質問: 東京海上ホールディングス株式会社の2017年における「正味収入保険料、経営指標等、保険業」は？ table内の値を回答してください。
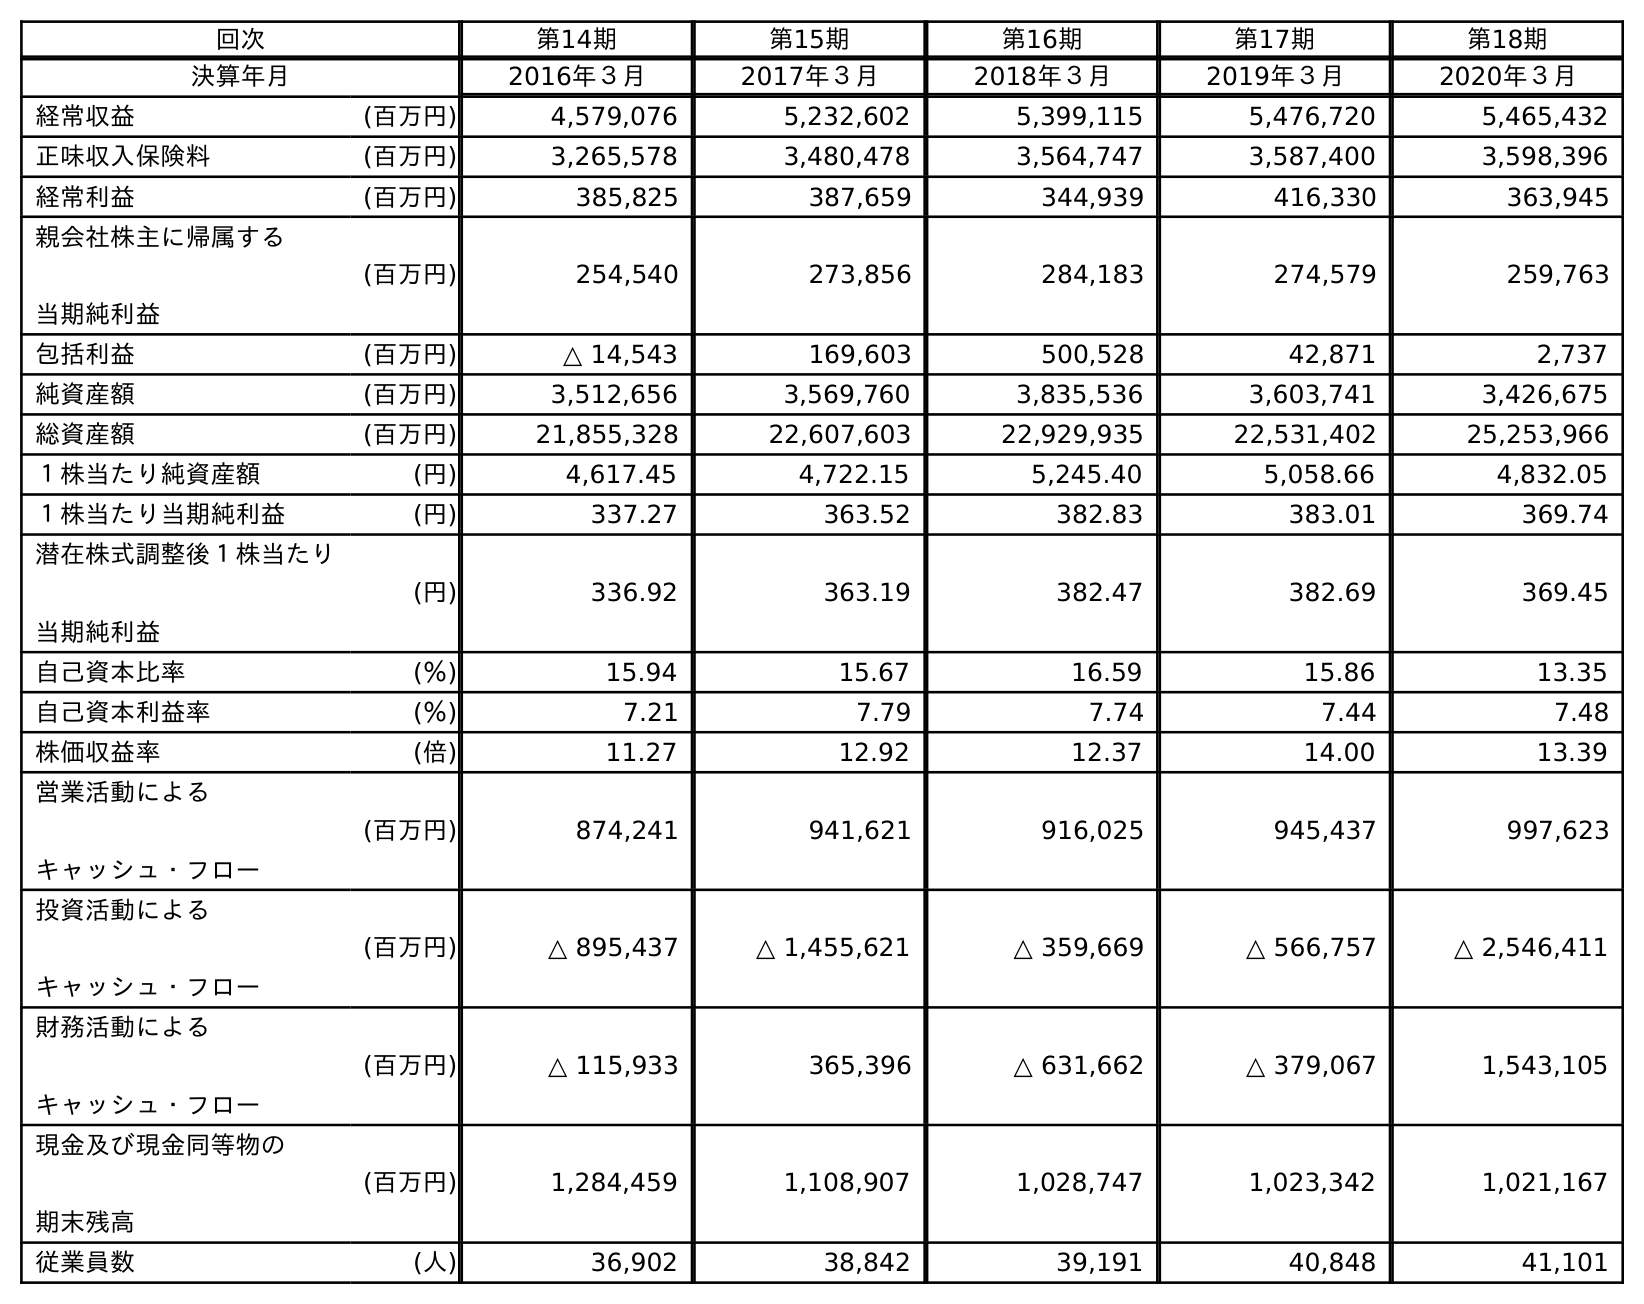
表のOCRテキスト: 回次 第14期 第15期 第16期 第17期 第18期 決算年月 2016年３月 2017年３月 2018年３月 2019年３月 2020年３月 経常収益 (百万円) 4,579,076 5,232,602 5,399,115 5,476,720 5,465,432 正味収入保険料 (百万円) 3,265,578 3,480,478 3,564,747 3,587,400 3,598,396 経常利益 (百万円) 385,825 387,659 344,939 416,330 363,945 親会社株主に帰属する 当期純利益 (百万円) 254,540 273,856 284,183 274,579 259,763 包括利益 (百万円) △ 14,543 169,603 500,528 42,871 2,737 純資産額 (百万円) 3,512,656 3,569,760 3,835,536 3,603,741 3,426,675 総資産額 (百万円) 21,855,328 22,607,603 22,929,935 22,531,402 25,253,966 １株当たり純資産額 (円) 4,617.45 4,722.15 5,245.40 5,058.66 4,832.05 １株当たり当期純利益 (円) 337.27 363.52 382.83 383.01 369.74 潜在株式調整後１株当たり 当期純利益 (円) 336.92 363.19 382.47 382.69 369.45 自己資本比率 (％) 15.94 15.67 16.59 15.86 13.35 自己資本利益率 (％) 7.21 7.79 7.74 7.44 7.48 株価収益率 (倍) 11.27 12.92 12.37 14.00 13.39 営業活動による キャッシュ・フロー (百万円) 874,241 941,621 916,025 945,437 997,623 投資活動による キャッシュ・フロー (百万円) △ 895,437 △ 1,455,621 △ 359,669 △ 566,757 △ 2,546,411 財務活動による キャッシュ・フロー (百万円) △ 115,933 365,396 △ 631,662 △ 379,067 1,543,105 現金及び現金同等物の 期末残高 (百万円) 1,284,459 1,108,907 1,028,747 1,023,342 1,021,167 従業員数 (人) 36,902 38,842 39,191 40,848 41,101
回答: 3,480,478